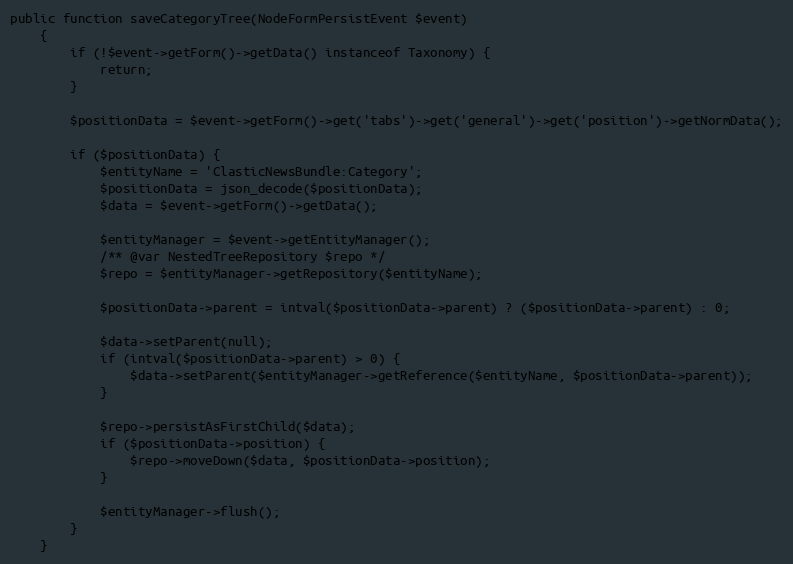
Language: PHP
public function saveCategoryTree(NodeFormPersistEvent $event)
    {
        if (!$event->getForm()->getData() instanceof Taxonomy) {
            return;
        }

        $positionData = $event->getForm()->get('tabs')->get('general')->get('position')->getNormData();

        if ($positionData) {
            $entityName = 'ClasticNewsBundle:Category';
            $positionData = json_decode($positionData);
            $data = $event->getForm()->getData();

            $entityManager = $event->getEntityManager();
            /** @var NestedTreeRepository $repo */
            $repo = $entityManager->getRepository($entityName);

            $positionData->parent = intval($positionData->parent) ? ($positionData->parent) : 0;

            $data->setParent(null);
            if (intval($positionData->parent) > 0) {
                $data->setParent($entityManager->getReference($entityName, $positionData->parent));
            }

            $repo->persistAsFirstChild($data);
            if ($positionData->position) {
                $repo->moveDown($data, $positionData->position);
            }

            $entityManager->flush();
        }
    }